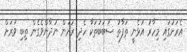
އެރަށުގައި މިހާރު އުޅެނީ ތަފާތު ސަބަބުތަކާ ހެދި ރަށުން ނުދާންވެގެން ތިބި ވަރަށް